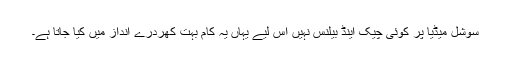
سوشل میڈیا پر کوئی چیک اینڈ بیلنس نہیں اس لیے یہاں یہ کام بہت کھردرے انداز میں کیا جاتا ہے۔